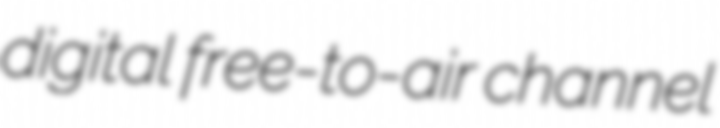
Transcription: digital free-to-air channel